Report of the Indian Hemp Drugs Commission, 1894-1895 - Volume VII
Year: 1894
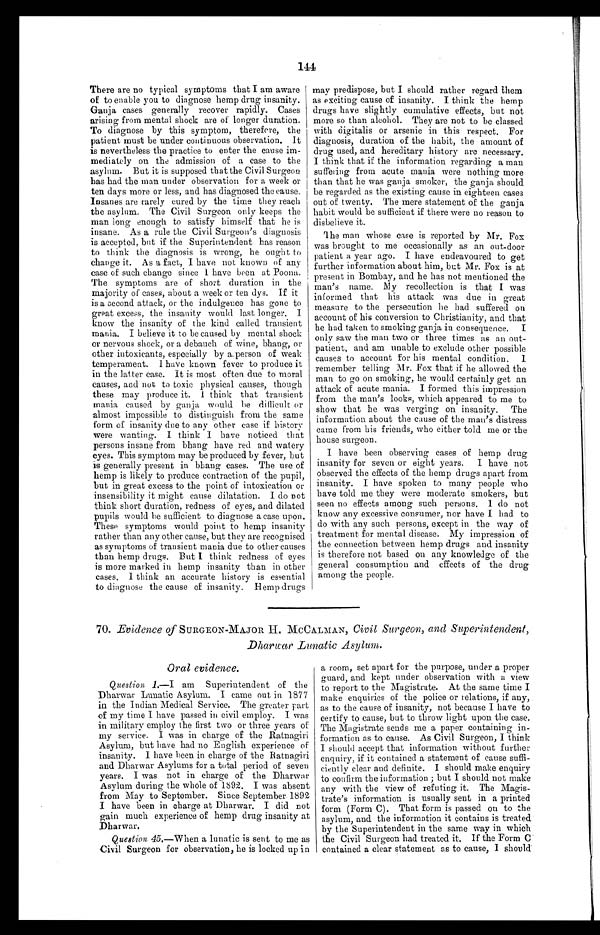
T There are no typical symptoms that I am aware
of to enable you to diagnose hemp drug insanity.
Ganja cases generally recover rapidly. Cases
arising from mental shock are of longer duration.
To diagnose by this symptom, therefore, the
patient must be under continuous observation. It
is nevertheless the practice to enter the cause im-
mediately on the admission of a case to the
asylum. But it is supposed that the Civil Surgeon
bas had the man under observation for a week or
ten days more or less, and has diagnosed the cause.
Insanes are rarely cured by the time they reach
the asylum. The Civil Surgeon only keeps the
man long enough to satisfy himself that he is
insane. As a rule the Civil Surgeon's diagnosis
is accepted, but if the Superintendent has reason
to think the diagnosis is wrong, he ought to
change it. As a fact, I have not known of any
case of such change since I have been at Poona.
The symptoms are of short duration in the
majority of cases, about a week or ten dys. If it
is a second attack, or the indulgence has gone to
great excess, the insanity would last longer. I
know the insanity of the kind called transient
mania. I believe it to be caused by mental shock
or nervous shock, or a debauch of wine, bhang, or
other intoxicants, especially by a. person of weak
temperament. I have known fever to produce it
in the latter case. It is most often due to moral
causes, and not to toxic physical causes, though
these may produce it. I think that transient
mania caused by ganja would be difficult or
almost impossible to distinguish from the same
form of insanity due to any other case if history
were wanting. I think I have noticed that
persons insane from bhang have red and watery
eyes. This symptom may be produced by fever, but
is generally present in bhang cases. The use of
hemp is likely to produce contraction of the pupil,
but in great excess to the point of intoxication or
insensibility it might cause dilatation. I do not
think short duration, redness of eyes, and dilated
pupils would be sufficient to diagnose a case upon.
These symptoms would point to hemp insanity
rather than any other cause, but they are recognised
as symptoms of transient mania due to other causes
than hemp drugs. But I think redness of eyes
is more marked in hemp insanity than in other
cases. I think an accurate history is essential
to diagnose the cause of insanity. Hemp drugs
m may predispose, but I should rather regard them
as exciting cause of insanity. I think the hemp
drugs have slightly cumulative effects, but not
more so than alcohol. They are not to be classed
with digitalis or arsenic in this respect. For
diagnosis, duration of the habit, the amount of
drug used, and hereditary history are necessary.
I think that if the information regarding a man
suffering from acute mania were nothing more
than that he was ganja smoker, the ganja should
be regarded as the existing cause in eighteen cases
out of twenty. The mere statement of the ganja
habit would be sufficient if there were no reason to
disbelieve it.
The man whose case is reported by Mr. Fox
was brought to me occasionally as an out-door
patient a year ago. I have endeavoured to get
further information about him, but Mr. Fox is at
present in Bombay, and he has not mentioned the
man's name. My recollection is that I was
informed that his attack was due in great
measure to the persecution he had suffered on
account of his conversion to Christianity, and that
he had taken to smoking ganja in consequence. I
only saw the man two or three times as an out-
patient, and am unable to exclude other possible
causes to account for his mental condition. I
remember telling Mr. Fox that if he allowed the
man to go on smoking, he would certainly get an
attack of acute mania. I formed this impression
from the man's looks, which appeared to me to
show that he was verging on insanity. The
information about the cause of the man's distress
came from his friends, who either told me or the
house surgeon.
I have been observing eases of hemp drug
insanity for seven or eight years. I have not
observed the effects of the hemp drugs apart from
insanity. I have spoken to many people who
have told me they were moderate smokers, but
seen no effects among such persons. I do not
know any excessive consumer, nor have I had to
do with any such persons, except in the way of
treatment for mental disease. My impression of
the connection between hemp drugs and insanity
is therefore not based on any knowledge of the
general consumption and effects of the drug
among the people.
144
70. Evidence of SURGEON-MAJOR H. McCALMAN, Civil Surgeon, and Superintendent,
Dharwar Lunatic Asylum .
Oral evidence.
Question 1.—I am Superintendent of the
Dharwar Lunatic Asylum. I came out in 1877
in the Indian Medical Service. The greater part
of my time I have passed in civil employ. I was
in military employ the first two or three years of
my service. I was in charge of the Ratnagiri
Asylum, but have had no English experience of
insanity. I have been in charge of the Ratnagiri
and Dharwar Asylums for a total period of seven
years. I was not in charge of the Dharwar
Asylum during the whole of 1892. I was absent
from May to September. Since September 1892
I have been in charge at Dharwar. I did not
gain much experience of hemp drug insanity at
Dharwar.
Question 45 .—When a lunatic is sent to me as
Civil Surgeon for observation, he is locked up in
a room, set apart for the purpose, under a proper
guard, and kept under observation with a view
to report to the Magistrate. At the same time I
make enquiries of the police or relations, if any,
as to the cause of insanity, not because I have to
certify to cause, but to throw light upon the case.
The Magistrate sends me a paper containing in-
formation as to cause. As Civil Surgeon, I think
I should accept that information without further
enquiry, if it contained a statement of cause suffi-
ciently clear and definite. I should make enquiry
to confirm the information ; but I should not make
any with the view of refuting it. The Magis-
trate's information is usually sent in a printed
form (Form C). That form is passed on to the
asylum, and the information it contains is treated
by the Superintendent in the same way in which
the Civil Surgeon had treated it. If the Form
C contained a clear statement as to cause, I should